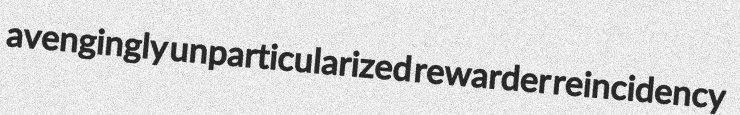
avengingly unparticularized rewarder reincidency